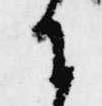
に